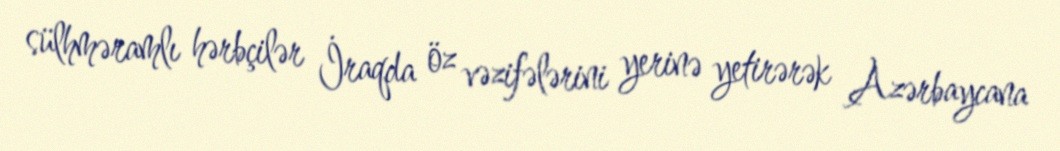
sülhməramlı hərbçilər İraqda öz vəzifələrini yerinə yetirərək Azərbaycana